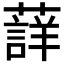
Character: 𮑳